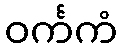
ဝင်္ကကံ